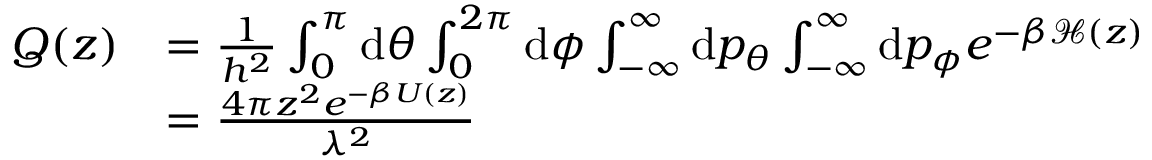
\begin{array} { r l } { Q ( z ) } & { = \frac { 1 } { h ^ { 2 } } \int _ { 0 } ^ { \pi } \ensuremath { \mathrm { d } } \theta \int _ { 0 } ^ { 2 \pi } \ensuremath { \mathrm { d } } \phi \int _ { - \infty } ^ { \infty } \ensuremath { \mathrm { d } } p _ { \theta } \int _ { - \infty } ^ { \infty } \ensuremath { \mathrm { d } } p _ { \phi } e ^ { - \beta \mathcal { H } ( z ) } } \\ & { = \frac { 4 \pi z ^ { 2 } e ^ { - \beta U ( z ) } } { \lambda ^ { 2 } } } \end{array}